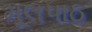
મૂલપાઠ